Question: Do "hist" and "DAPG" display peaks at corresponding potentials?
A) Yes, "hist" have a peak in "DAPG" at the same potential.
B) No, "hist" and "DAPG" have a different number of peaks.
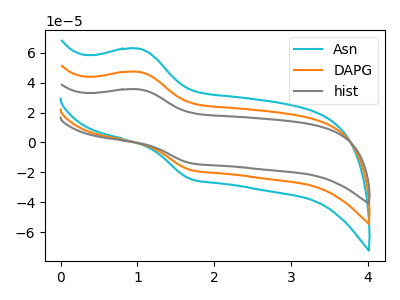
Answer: <think>The cyan curve "Asn" has an anodic peak at (1.00V, 94.45uA) and a cathodic peak at (1.70V, -36.65uA). The orange curve "DAPG" has an anodic peak at (1.00V, 47.20uA) and a cathodic peak at (1.70V, -18.35uA). The gray curve "hist" has an anodic peak at (1.00V, 35.55uA) and a cathodic peak at (1.70V, -13.80uA).</think>
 <answer>A) Yes, "hist" have a peak in "DAPG" at the same potential.</answer>
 <eval>A</eval>